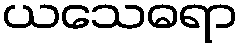
ယသေဓရာ